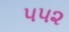
૫૫૨